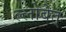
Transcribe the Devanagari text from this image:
ल्लोबेत्